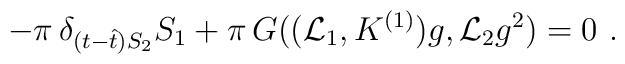
-\pi\,\delta_{(t-\hat t)S_2}S_1+\pi\,G((\mathcal{L}_1,K^{(1)})g,\mathcal{L}_2g^2)=0\ .